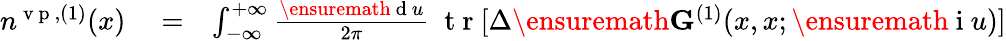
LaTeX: \begin{array}{rlr}{n^{\mathrm{~v~p~},(1)}(x)}&{{}=}&{\int_{-\infty}^{+\infty}\frac{\ensuremath{\mathrm{~d~}}u}{2\pi}\; \mathrm{~t~r~}[\Delta\ensuremath{\mathbf{G}}^{(1)}(x,x;\ensuremath{\mathrm{~i~}}u)]}\end{array}